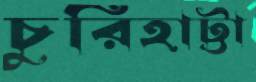
চুরিহাট্টা